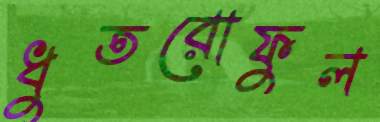
ধুতরোফুল